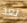
بعد